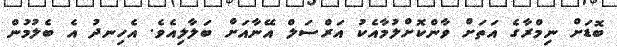
ބޮޑަށް ނިމްރާގެ އަތަށް ވާންކޮށްލުމާއެކު އަރްސަލް އޭނާއަށް ބަލާލިއެވެ. އެހިނދު އެ ބެލުމުން